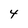
Character: 4